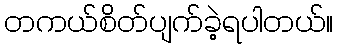
တကယ်စိတ်ပျက်ခဲ့ရပါတယ်။